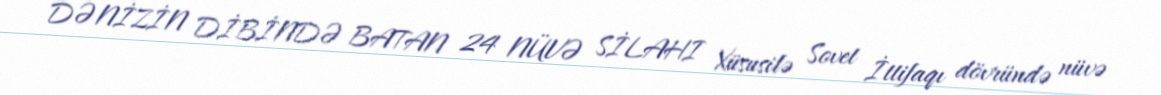
DƏNİZİN DİBİNDƏ BATAN 24 NÜVƏ SİLAHI Xüsusilə Sovet İttifaqı dövründə nüvə